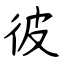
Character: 彼